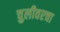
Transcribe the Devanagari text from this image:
चुलीवरचा